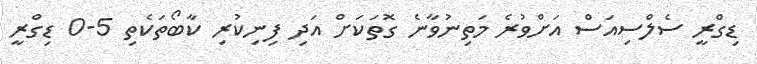
ޑިގްރީ ސެލްސިއަސް އަށްވުރެ މަތިނުވާނެ ގޮތަކަށް އަދި ފިނިކުރި ކާބޯތަކެތި 5-0 ޑިގްރީ